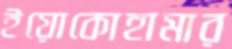
ইয়োকোহামার